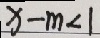
x - m < 1